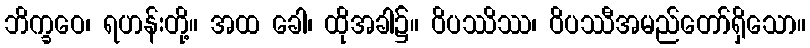
ဘိက္ခဝေ၊ ရဟန်းတို့။ အထ ခေါ၊ ထိုအခါ၌။ ဝိပဿိဿ၊ ဝိပဿီအမည်တော်ရှိသော။